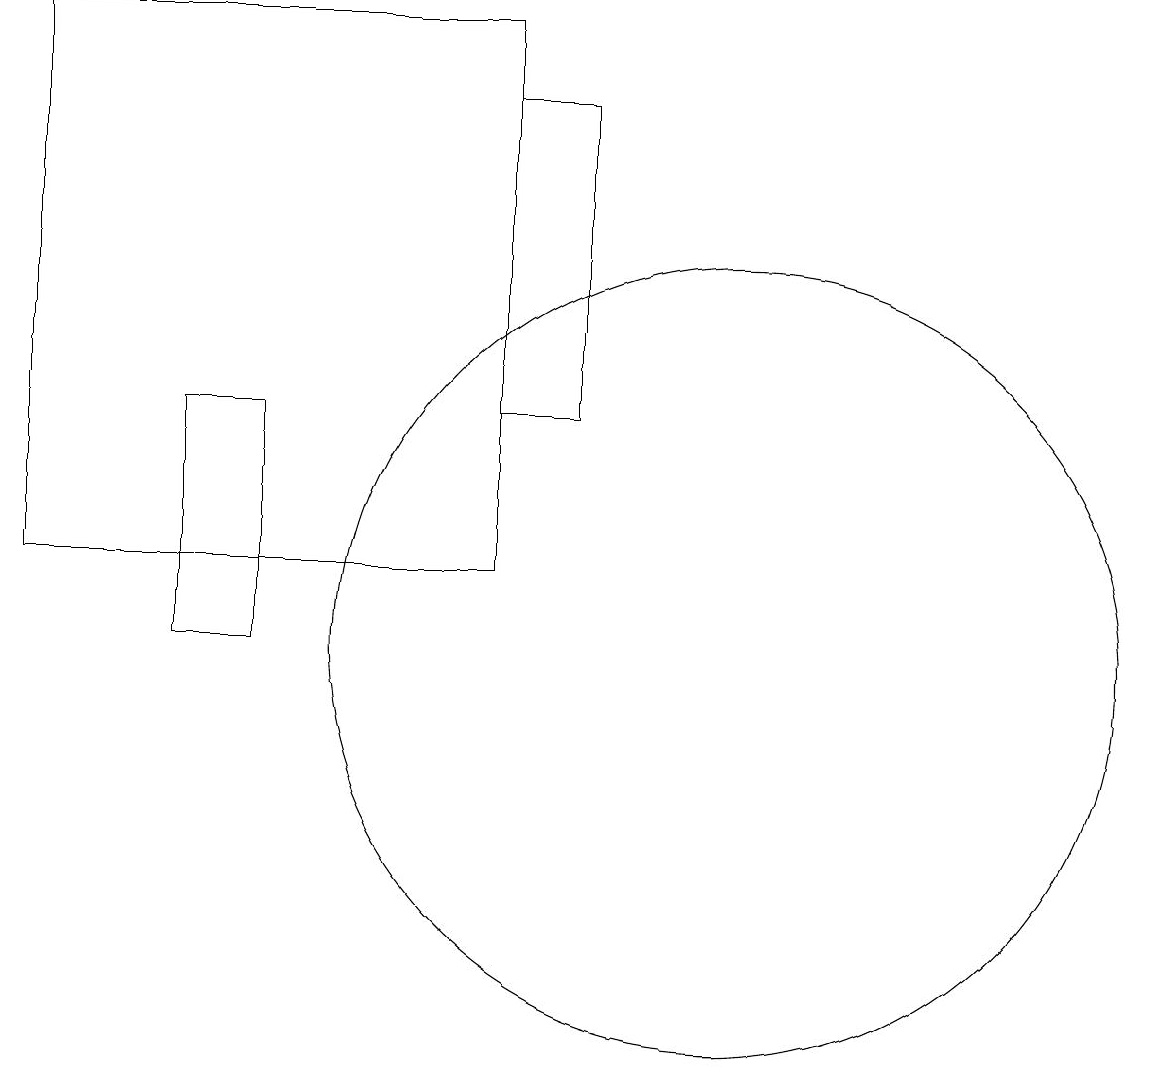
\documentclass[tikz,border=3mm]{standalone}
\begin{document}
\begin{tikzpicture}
\draw (12,12) circle (0);
\draw (3,14) rectangle (4,11);
\draw (5,18) rectangle (5,18);
\draw (7,19) rectangle (1,12);
\draw (10,11) circle (5);
\draw (7,14) rectangle (8,18);
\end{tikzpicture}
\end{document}